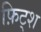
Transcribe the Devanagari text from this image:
फ़िट्श